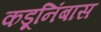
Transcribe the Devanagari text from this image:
कडूनिंबास